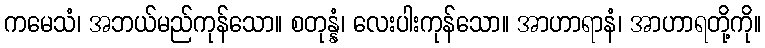
ကမေသံ၊ အဘယ်မည်ကုန်သော။ စတုန္နံ၊ လေးပါးကုန်သော။ အာဟာရာနံ၊ အာဟာရတို့ကို။